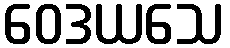
ဝေဒယသေ